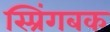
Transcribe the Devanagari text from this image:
स्प्रिंगबक